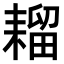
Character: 𫅾